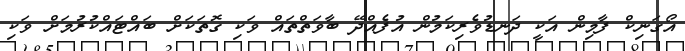
އޯގަނިކް ފާމިން އަކީ ދަނޑުވެރިކަމުން އުފެއްދޭ ބާވަތްތައް ވަކި ގޮތަކަށް ބައްޓައްކުރުމަށް ވަކި